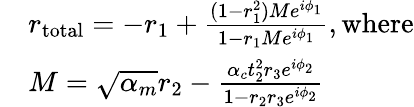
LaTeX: \begin{array}{rl}&{r_{\mathrm{total}}=-r_{1}+\frac{(1-r_{1}^{2})Me^{i\phi_{1}}}{1-r_{1}Me^{i\phi_{1}}}\mathrm{,where}}\\ &{M=\sqrt{\alpha_{m}}r_{2}-\frac{\alpha_{c}t_{2}^{2}r_{3}e^{i\phi_{2}}}{1-r_{2}r_{3}e^{i\phi_{2}}}}\end{array}